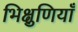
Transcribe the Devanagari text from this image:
भिक्षुणियाँ